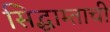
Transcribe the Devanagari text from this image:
सिद्धाम्ताची